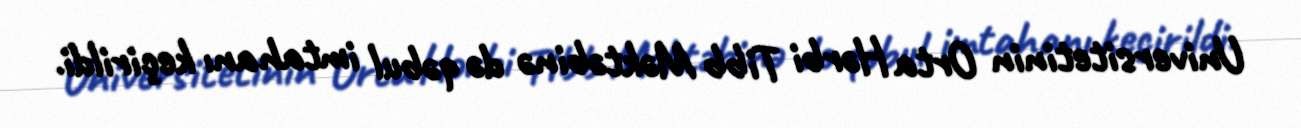
Universitetinin Orta Hərbi Tibb Məktəbinə də qəbul imtahanı keçirildi.